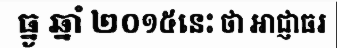
ធ្នូ ឆ្នាំ ២០១៥នេះ ថា អាជ្ញាធរ